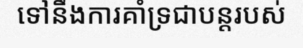
ទៅនឹងការគាំទ្រជាបន្តរបស់